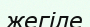
жегіле